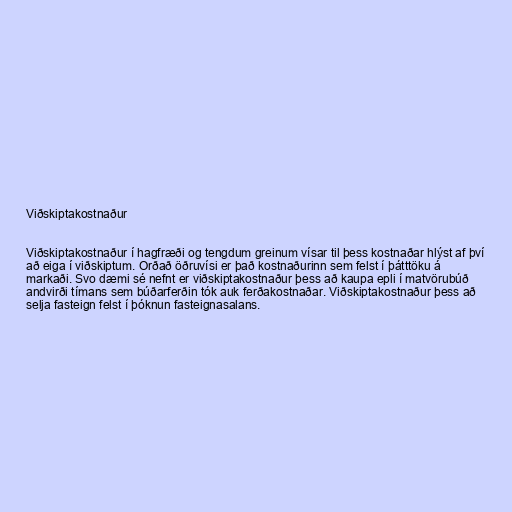
Viðskiptakostnaður

Viðskiptakostnaður í hagfræði og tengdum greinum vísar til þess kostnaðar hlýst af því
að eiga í viðskiptum. Orðað öðruvísi er það kostnaðurinn sem felst í þátttöku á
markaði. Svo dæmi sé nefnt er viðskiptakostnaður þess að kaupa epli í matvörubúð
andvirði tímans sem búðarferðin tók auk ferðakostnaðar. Viðskiptakostnaður þess að
selja fasteign felst í þóknun fasteignasalans.